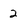
Character: 2